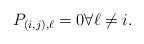
LaTeX: \begin{align*} P_{(i,j),\ell} =0 \forall {\ell \neq i} .\end{align*}